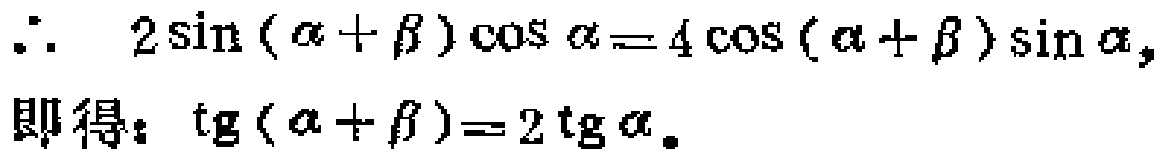
\(\therefore\ 2\sin(\alpha+\beta)\cos\alpha = 4\cos(\alpha + \beta)\sin\alpha,\)
即得：\(\mathrm{tg}(\alpha+\beta)=2\mathrm{tg}\alpha\)。